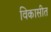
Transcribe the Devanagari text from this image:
विकासीत